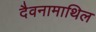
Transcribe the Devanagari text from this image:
दैवनामाथिल